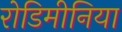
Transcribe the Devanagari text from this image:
रोडिमीनिया